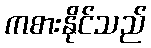
ကစားနိုင်သည်